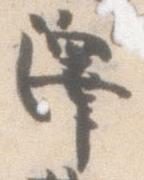
沢